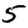
Digit: 5